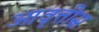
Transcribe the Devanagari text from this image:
आवृत्तीस